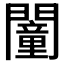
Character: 𨶻